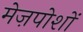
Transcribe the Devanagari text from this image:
मेज़पोशों